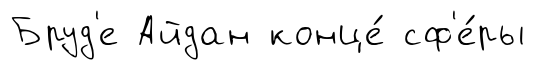
Бруд'е Айдан конце́ сф'е́ры